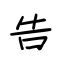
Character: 告